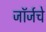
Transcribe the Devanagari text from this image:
जॉर्जचे